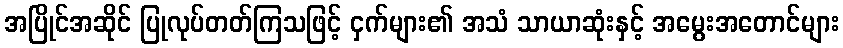
အပြိုင်အဆိုင် ပြုလုပ်တတ်ကြသဖြင့် ငှက်များ၏ အသံ သာယာဆုံးနှင့် အမွေးအတောင်များ